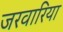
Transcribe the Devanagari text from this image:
जरवारिया